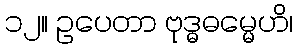
၁၂။ ဥပေတာ ဗုဒ္ဓဓမ္မေဟိ၊